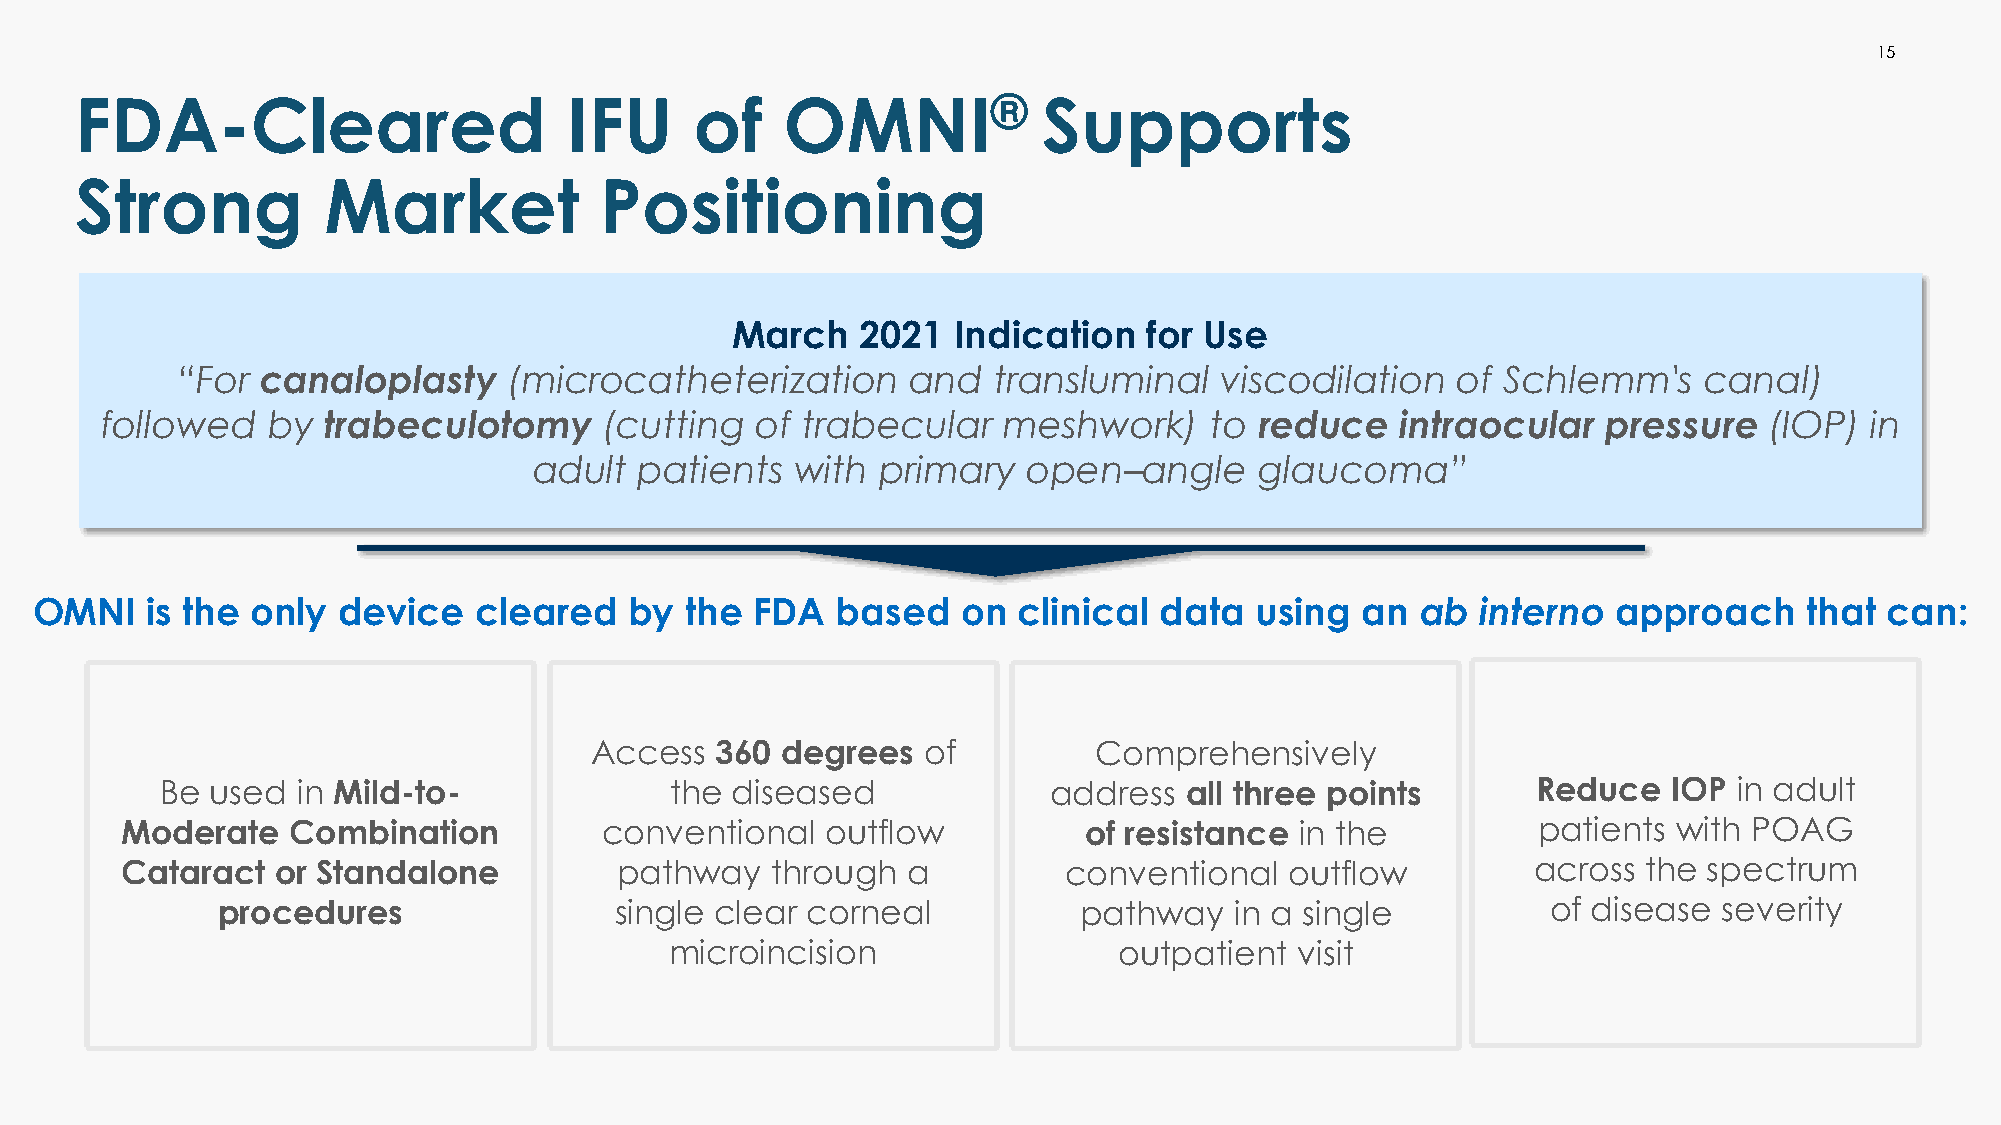
15
 FDA-Cleared                      IFU     of    OMNI®            Supports
 Strong          Market             Positioning
 March    2021  Indication   for Use
 “For canaloplasty     (microcatheterization     and   transluminal   viscodilation  of  Schlemm's    canal)
 followed   by trabeculotomy      (cutting  of trabecular   meshwork)     to reduce    intraocular  pressure   (IOP)  in
 adult  patients   with primary   open–angle     glaucoma”
 OMNI    is the only device   cleared    by the  FDA  based    on clinical  data  using  an  ab  interno  approach     that can:
 Reduce IOP in adult patients with
 POAG  across the spectrum of
 Access  360  degrees  of         Comprehensively                   disease severity
 Be used  in Mild-to-             the diseased             address  all three points        Reduce   IOP in adult
 Moderate   Combination          conventional   outflow          of resistance in the          patients with POAG
 Cataract  or Standalone          pathway   through  a         conventional   outflow         across  the spectrum
 procedures                 single clear corneal          pathway    in a single          of disease severity
 microincision                 outpatient  visit